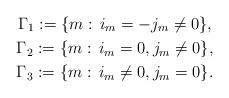
LaTeX: \begin{gather*} \Gamma_1:= \{m:\,i_m=-j_m\ne0\},\\ \Gamma_2:=\{m:\,i_m=0,j_m\ne0\},\\ \Gamma_3:= \{m:\,i_m\ne0,j_m=0\}. \end{gather*}